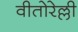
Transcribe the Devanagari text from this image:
वीतोरेल्ली